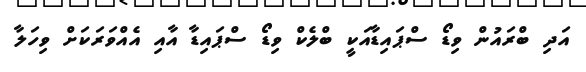
އަދި ބްރައުން ވިޑޯ ސްޕައިޑާއަކީ ބްލެކް ވިޑޯ ސްޕައިޑާ އާއި އެއްވަރަކަށް ވިހަލާ